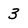
Character: 3